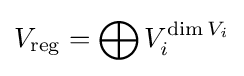
V_{\text{reg}}=\bigoplus V_{i}^{\operatorname {dim} V_{i}}